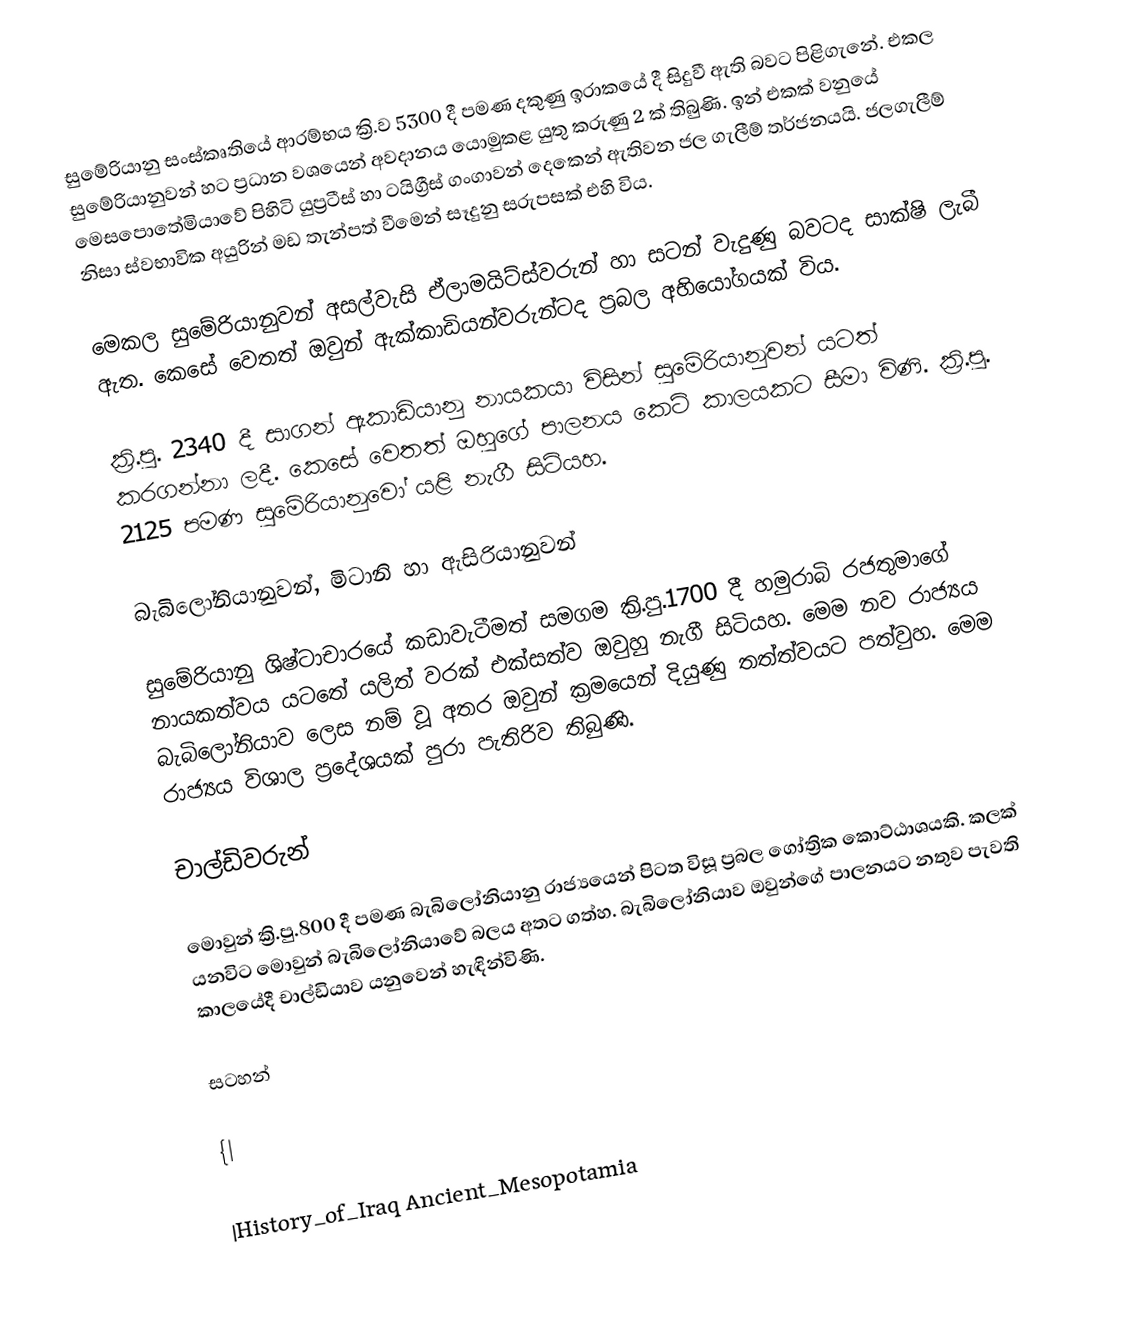
සුමේරියානු සංස්කෘතියේ ආරම්භය ක්‍රි.ව 5300 දී පමණ දකුණු ඉරාකයේ දී සිදුවී ඇති බවට පිළිගැනේ. එකල සුමේරියානුවන් හට ප්‍රධාන වශයෙන් අවදානය යොමුකළ යුතු කරුණු 2 ක් තිබුණි. ඉන් එකක් වනුයේ මෙසපොතේමියාවේ පිහිටි යුප්‍රටීස් හා ටයිග්‍රීස් ගංගාවන් දෙකෙන් ඇතිවන ජල ගැලීම් තර්ජනයයි. ජලගැලීම් නිසා ස්වභාවික අයුරින් මඩ තැන්පත් වීමෙන් සෑදුනු සරුපසක් එහි විය.

මෙකල සුමේරියානුවන් අසල්වැසි ඒලාමයිට්ස්වරුන් හා සටන් වැදුණු බවටද සාක්ෂි ලැබී ඇත. කෙසේ වෙතත් ඔවුන් ඇක්කාඩියන්වරුන්ටද ප්‍රබල අභියෝගයක් විය.

ක්‍රි.පු. 2340 දී සාගන් ඇකාඩියානු නායකයා විසින් සුමේරියානුවන් යටත් කරගන්නා ලදී. කෙසේ වෙතත් ඔහුගේ පාලනය කෙටි කාලයකට සීමා විණි. ක්‍රි.පු. 2125 පමණ සුමේරියානුවෝ යළි නැගී සිටියහ.

බැබිලෝනියානුවන්, මිටානි හා ඇසිරියානුවන්

සුමේරියානු ශිෂ්ටාචාරයේ කඩාවැටීමත් සමගම ක්‍රි.පු.1700 දී හමුරාබි රජතුමාගේ නායකත්වය යටතේ යලිත් වරක් එක්සත්ව ඔවුහු නැගී සිටියහ. මෙම නව රාජ්‍යය බැබිලෝනියාව ලෙස නම් වූ අතර ඔවුන් ක්‍රමයෙන් දියුණු තත්ත්වයට පත්වුහ. මෙම රාජ්‍යය විශාල ප්‍රදේශයක් පුරා පැතිරිව තිබුණි.

චාල්ඩිවරුන්

මොවුන් ක්‍රි.පු.800 දී පමණ බැබිලෝනියානු රාජ්‍යයෙන් පිටත විසූ ප්‍රබල ගෝත්‍රික කොට්ඨාශයකි. කලක් යනවිට මොවුන් බැබිලෝනියාවේ බලය අතට ගත්හ. බැබිලෝනියාව ඔවුන්ගේ පාලනයට නතුව පැවති කාලයේදී චාල්ඩියාව යනුවෙන් හැඳින්විණි.

සටහන්

{|

|History_of_Iraq Ancient_Mesopotamia